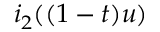
i _ { 2 } ( ( 1 - t ) u )